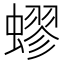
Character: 蟉